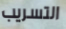
التسريب